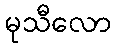
မုသီလော